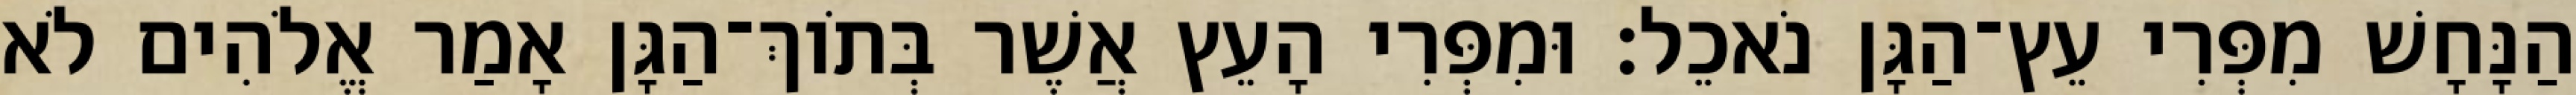
הַנָּחָשׁ מִפְּרִי עֵץ־הַגָּן נֹאכֵל׃ וּמִפְּרִי הָעֵץ אֲשֶׁר בְּתֹוךְ־הַגָּן אָמַר אֱלֹהִים לֹא